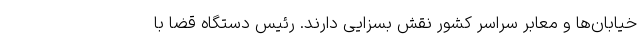
خیابان‌ها و معابر سراسر کشور نقش بسزایی دارند. رئیس دستگاه قضا با